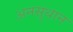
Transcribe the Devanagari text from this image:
अनसुधान